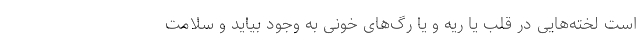
است لخته‌هایی در قلب یا ریه و یا رگ‌های خونی به وجود بیاید و سلامت